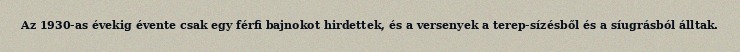
Az 1930-as évekig évente csak egy férfi bajnokot hirdettek, és a versenyek a terep-sízésből és a síugrásból álltak.